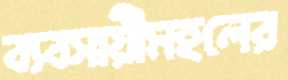
ব্যবসায়ীমহলের